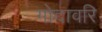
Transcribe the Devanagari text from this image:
गोदावरि